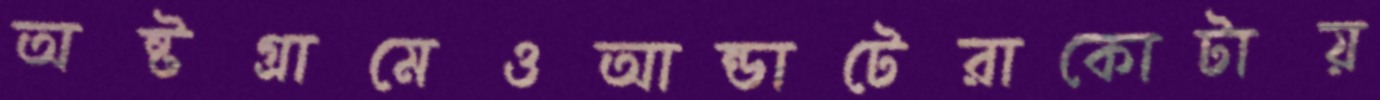
অষ্টগ্রামেওআন্ডাটেরাকোটায়